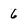
Character: 6